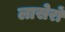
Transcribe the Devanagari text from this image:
लासेरों